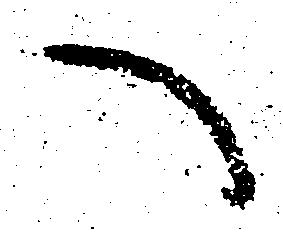
へ